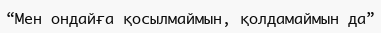
“Мен ондайға қосылмаймын, қолдамаймын да”